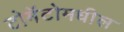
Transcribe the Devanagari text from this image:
टोमॅटोमधील